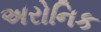
અરોનિક